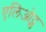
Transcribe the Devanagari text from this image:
एलिओट्स